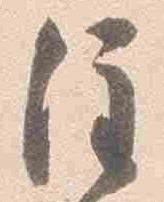
注